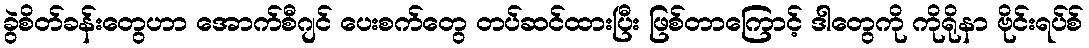
ခွဲစိတ်ခန်းတွေဟာ အောက်စီဂျင် ပေးစက်တွေ တပ်ဆင်ထားပြီး ဖြစ်တာကြောင့် ဒါတွေကို ကိုရိုနာ ဗိုင်းရပ်စ်